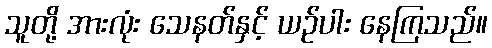
သူတို့ အားလုံး သေနတ်နှင့် ယဉ်ပါး နေကြသည်။